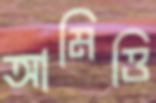
আমিত্তি